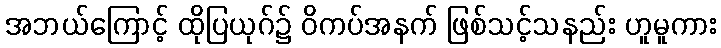
အဘယ်ကြောင့် ထိုပြယုဂ်၌ ဝိကပ်အနက် ဖြစ်သင့်သနည်း ဟူမူကား